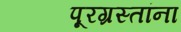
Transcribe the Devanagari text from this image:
पूरग्रस्‍तांना